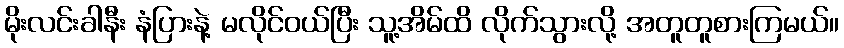
မိုးလင်းခါနီး နံပြားနဲ့ မလိုင်ဝယ်ပြီး သူ့အိမ်ထိ လိုက်သွားလို့ အတူတူစားကြမယ်။